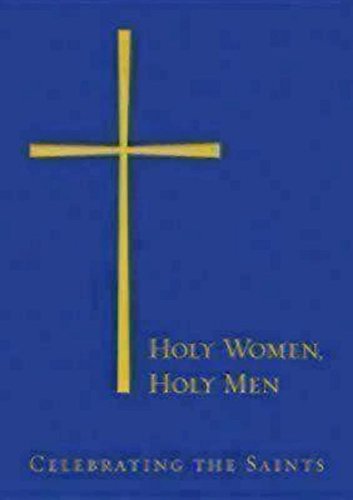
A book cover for Holy Women, Holy Men: Celebrating the Saints; Church Publishing; Christian Books & Bibles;